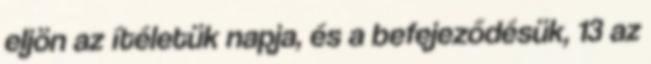
eljön az ítéletük napja, és a befejeződésük, 13 az